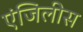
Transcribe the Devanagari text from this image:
एंजिलीस